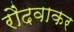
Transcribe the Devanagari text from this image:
रौंदवाकर